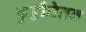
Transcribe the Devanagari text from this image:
कुट्टीचेतन